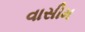
વાસીમ